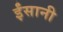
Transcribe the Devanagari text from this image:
ईंसानी